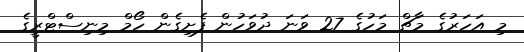
މި އަހަރުގެ މާޗް މަހުގެ 27 ވަނަ ދުވަހުން ފެށިގެން ހޯމް މިނިސްޓްރީގެ